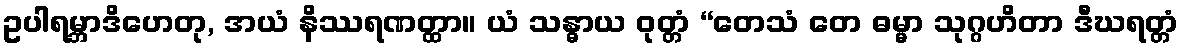
ဥပါရမ္ဘာဒိဟေတု, အယံ နိဿရဏတ္ထာ။ ယံ သန္ဓာယ ဝုတ္တံ “တေသံ တေ ဓမ္မာ သုဂ္ဂဟိတာ ဒီဃရတ္တံ